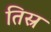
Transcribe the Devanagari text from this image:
तिस्र